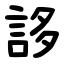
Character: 誃